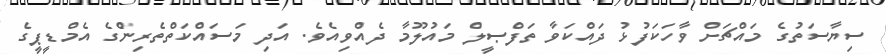
ސިޔާސަތުގެ މައްޗަށް ވާހަކަފުޅު ދައްކަވާ ތަފްޞީލް މައުލޫމާ ދެއްވިއެވެ. އަދި މަސައްކަތްތެރިންެގެ އެމްޑީޕީގެ